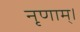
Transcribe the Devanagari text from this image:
नृणाम्‌।